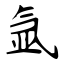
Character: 氩